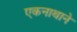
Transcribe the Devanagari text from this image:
एकनाथाने